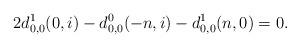
LaTeX: \begin{align*}2d^1_{0,0}(0,i)-d^0_{0,0}(-n,i)-d^1_{0,0}(n,0)=0.\end{align*}